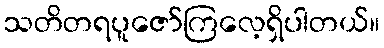
သတိတရပူဇော်ကြလေ့ရှိပါတယ်။